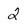
Character: Q